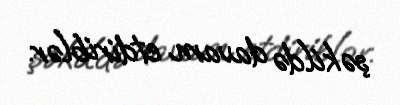
şəkildə davam etdiriblər.